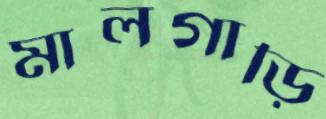
মালগাড়ি